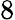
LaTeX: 8